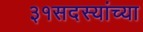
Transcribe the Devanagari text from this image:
३१सदस्यांच्या